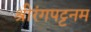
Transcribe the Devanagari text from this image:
श्रीरंगपट्टनम